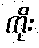
ကိုး